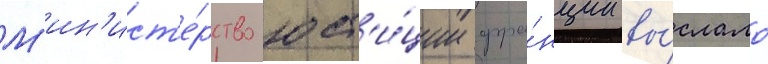
М'ин'ист'е́рство юст'и́ции фра́нции вы́слало